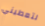
لتعطيني